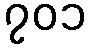
၇၀၁